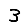
Digit: 3